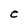
Character: e